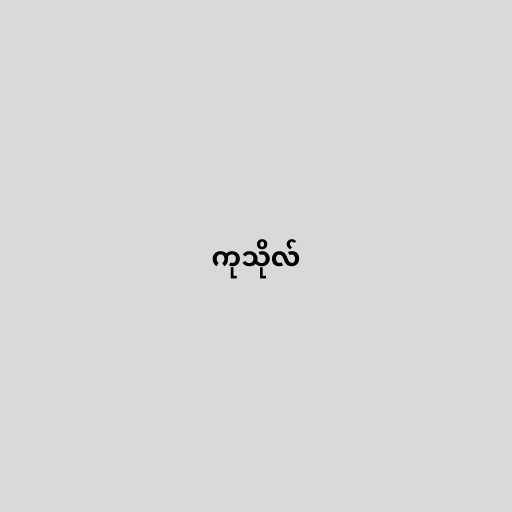
ကုသိုလ်